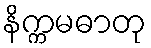
နိက္ကမဓာတု